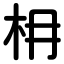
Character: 枏